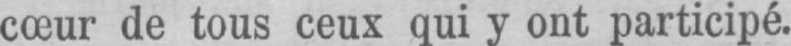
cœur de tous ceux qui y ont participé.